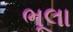
ભૂલા